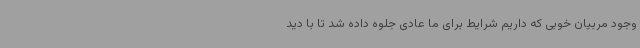
وجود مربیان خوبی که داریم شرایط برای ما عادی جلوه داده شد تا با دید